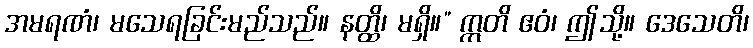
အမရဏံ၊ မသေရခြင်းမည်သည်။ နတ္ထိ၊ မရှိ။” ဣတိ ဧဝံ၊ ဤသို့။ ဒေသေတိ၊